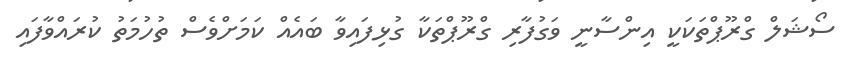
ސޯޝަލް ގްރޫޕްތަކަކީ އިންސާނީ ވަގުފާރި ގްރޫޕްތަކާ ގުޅިފައިވާ ބައެއް ކަމަށްވެސް ތުހުމަތު ކުރައްވާފައި